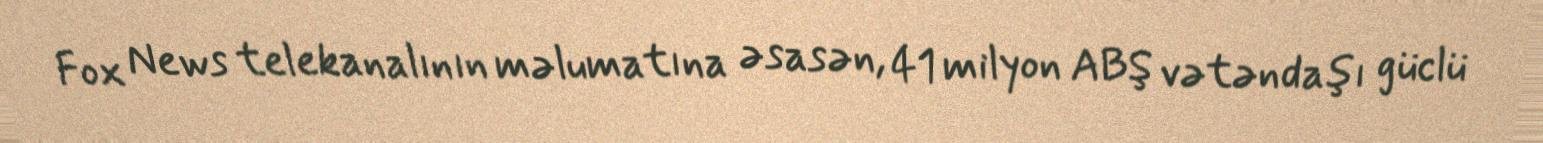
Fox News telekanalının məlumatına əsasən, 41 milyon ABŞ vətəndaşı güclü